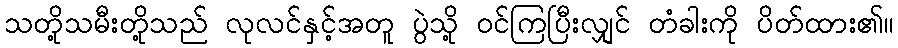
သတို့သမီးတို့သည် လုလင်နှင့်အတူ ပွဲသို့ ဝင်ကြပြီးလျှင် တံခါးကို ပိတ်ထား၏။